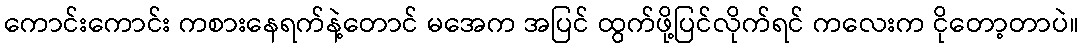
ကောင်းကောင်း ကစားနေရက်နဲ့တောင် မအေက အပြင် ထွက်ဖို့ပြင်လိုက်ရင် ကလေးက ငိုတော့တာပဲ။